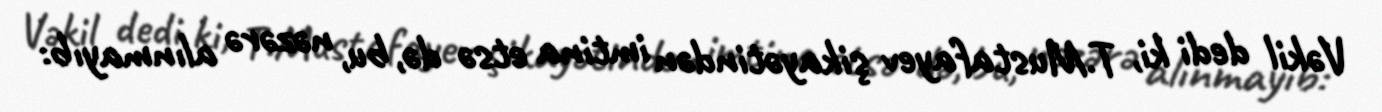
Vəkil dedi ki, T.Mustafayev şikayətindən imtina etsə də, bu, nəzərə alınmayıb: